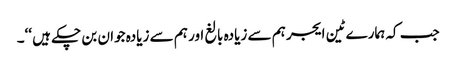
جب کہ ہمارے ٹین ایجر ہم سے زیادہ بالغ اور ہم سے زیادہ جوان بن چکے ہیں ‘‘۔